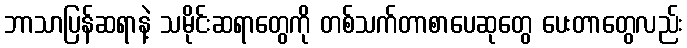
ဘာသာပြန်ဆရာနဲ့ သမိုင်းဆရာတွေကို တစ်သက်တာစာပေဆုတွေ ပေးတာတွေလည်း